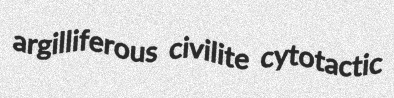
argilliferous civilite cytotactic